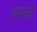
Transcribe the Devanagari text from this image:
तमको